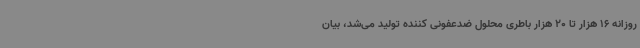
روزانه 16 هزار تا 20 هزار باطری محلول ضدعفونی کننده تولید می‌شد، بیان